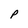
Character: P